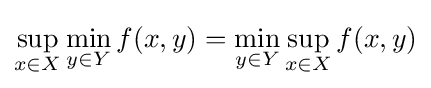
\sup _{x\in X}\min _{y\in Y}f(x,y)=\min _{y\in Y}\sup _{x\in X}f(x,y)